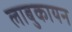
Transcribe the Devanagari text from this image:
लाबुकायन